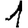
Digit: 1